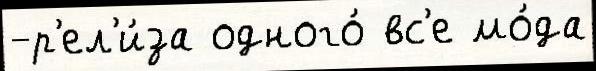
-р'ел'и́за одного́ вс'е мо́да